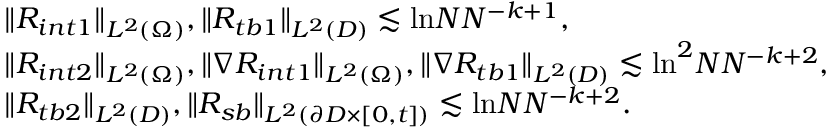
\begin{array} { r l } & { \| R _ { i n t 1 } \| _ { L ^ { 2 } ( \Omega ) } , \| R _ { t b 1 } \| _ { L ^ { 2 } ( D ) } \lesssim \mathrm { l n } N N ^ { - k + 1 } , } \\ & { \| R _ { i n t 2 } \| _ { L ^ { 2 } ( \Omega ) } , \| \nabla R _ { i n t 1 } \| _ { L ^ { 2 } ( \Omega ) } , \| \nabla R _ { t b 1 } \| _ { L ^ { 2 } ( D ) } \lesssim \mathrm { l n } ^ { 2 } N N ^ { - k + 2 } , } \\ & { \| R _ { t b 2 } \| _ { L ^ { 2 } ( D ) } , \| R _ { s b } \| _ { L ^ { 2 } ( \partial D \times [ 0 , t ] ) } \lesssim \mathrm { l n } N N ^ { - k + 2 } . } \end{array}